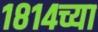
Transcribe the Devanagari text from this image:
१८१४च्या